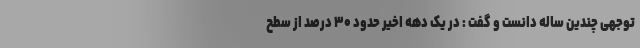
توجهی چندین ساله دانست و گفت : در یک دهه اخیر حدود ۳۰ درصد از سطح